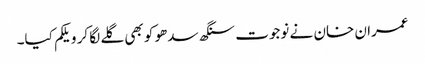
عمران خان نے نوجوت سنگھ سدھو کو بھی گلے لگا کر ویلکم کیا۔